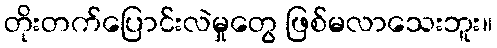
တိုးတက်ပြောင်းလဲမှုတွေ ဖြစ်မလာသေးဘူး။